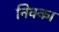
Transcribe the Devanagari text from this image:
निक्का